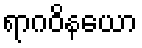
ရာဂဝိနယော